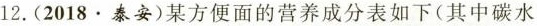
12. (2018.泰安)某方便面的营养成分表如下(其中碳水